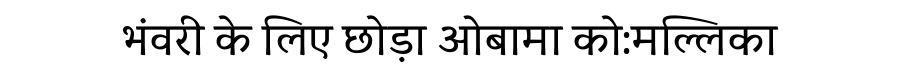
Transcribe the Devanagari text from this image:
भंवरी के लिए छोड़ा ओबामा को:मल्लिका